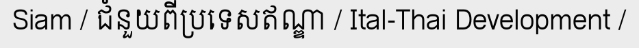
Siam / ជំនួយពីប្រទេសឥណ្ឌា / Ital-Thai Development /